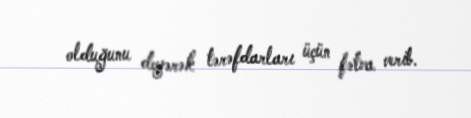
olduğunu deyərək tərəfdarları üçün fətva verib.